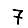
Digit: 7